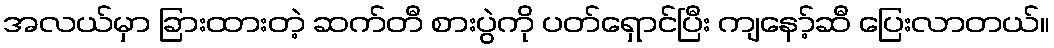
အလယ်မှာ ခြားထားတဲ့ ဆက်တီ စားပွဲကို ပတ်ရှောင်ပြီး ကျနော့်ဆီ ပြေးလာတယ်။